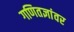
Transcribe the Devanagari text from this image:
गणितज्ञांवर